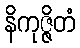
နိကုဇ္ဇိတံ